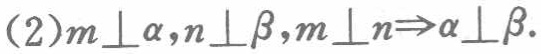
\((2)m\perp\alpha,n\perp\beta,m\perp n\Rightarrow\alpha\perp\beta\)